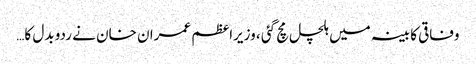
وفاقی کابینہ میں ہلچل مچ گئی ، وزیراعظم عمران خان نے ردو بدل کا…